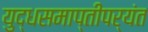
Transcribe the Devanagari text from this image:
युद्धसमाप्तीपर्यंत